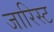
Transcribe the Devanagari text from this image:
जारिस्ट